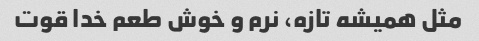
مثل همیشه تازه، نرم و خوش طعم خدا قوت